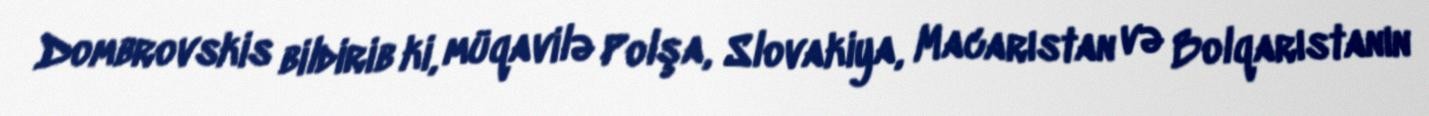
Dombrovskis bildirib ki, müqavilə Polşa, Slovakiya, Macarıstan və Bolqarıstanın